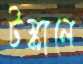
টস্‌কালে